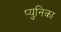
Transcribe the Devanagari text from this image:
प्युनिका